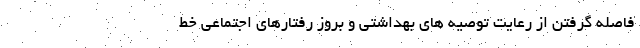
فاصله گرفتن از رعایت توصیه های بهداشتی و بروز رفتارهای اجتماعی خط